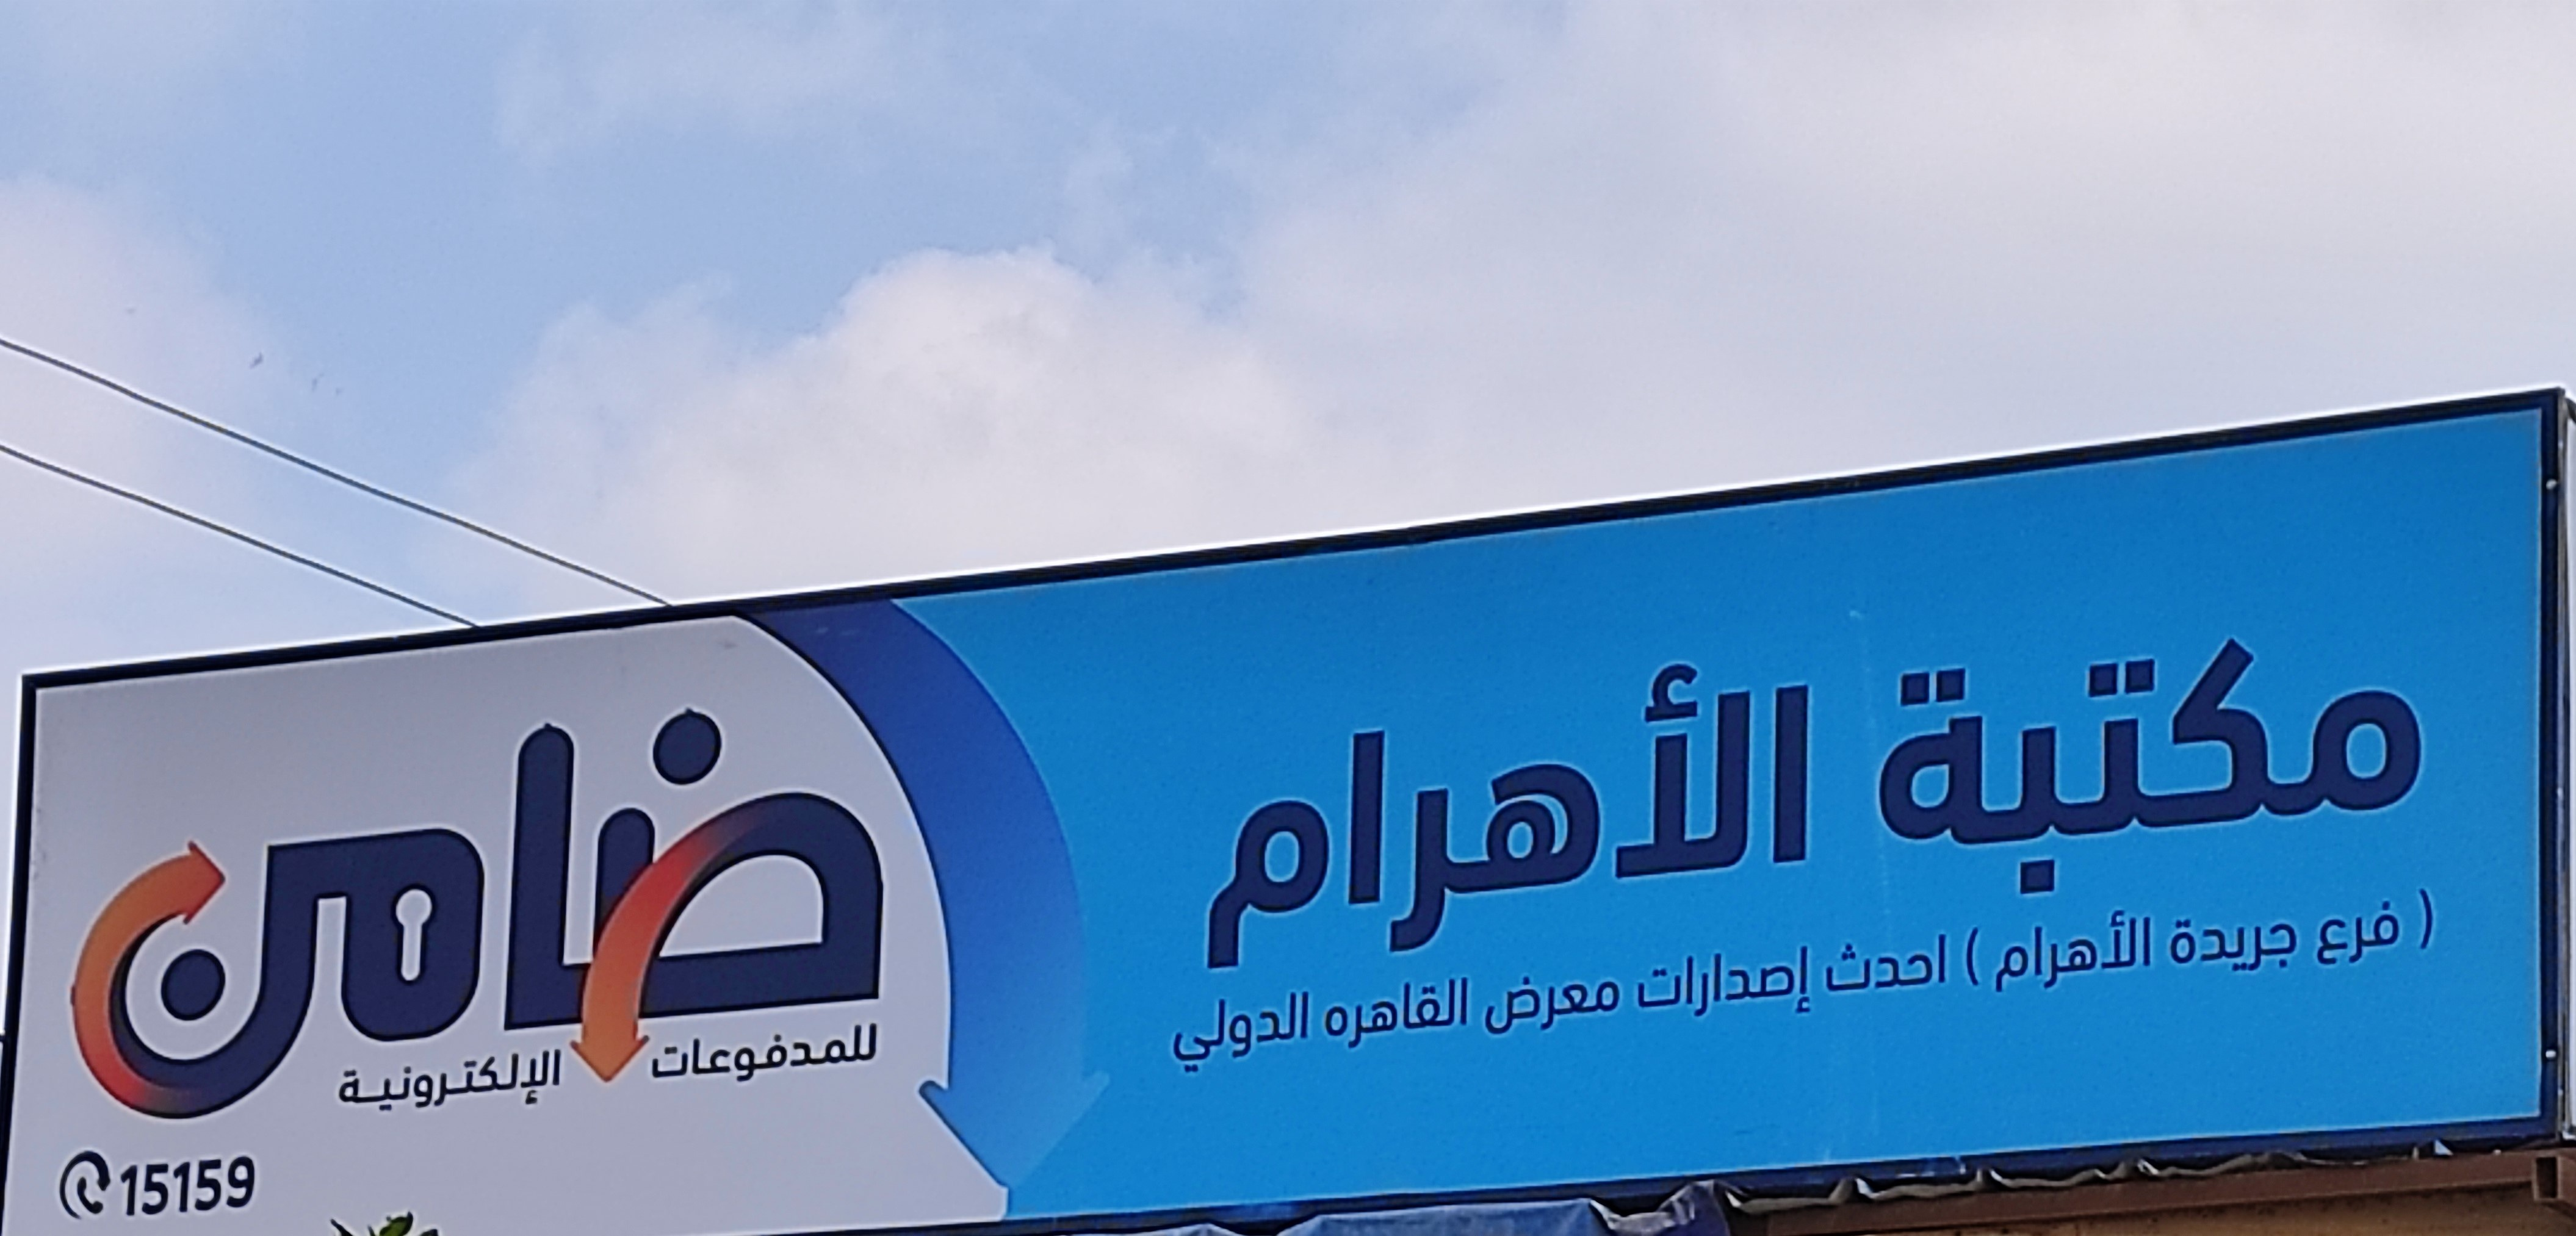
Text in image: مكتبة الأهرام ضامن فرع جريدة الأهرام احدث إصدارات معرض القاهره الدولي للمدفوعات الإلكترونية 15159